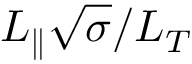
L _ { \parallel } \sqrt { \sigma } / L _ { T }